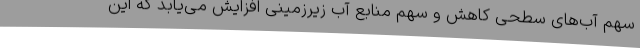
سهم آب‌های سطحی کاهش و سهم منابع آب زیرزمینی افزایش می‌یابد که این